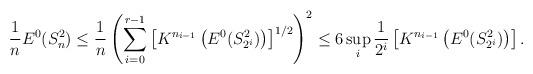
LaTeX: \begin{align*}\frac{1}{n}E^{0}(S_{n}^{2})\leq\frac{1}{n}\left( \sum_{i=0}^{r-1}\left[K^{n_{i-1}}\left( E^{0}(S_{2^{i}}^{2})\right) \right] ^{1/2}\right)^{2}\leq6\sup_{i}\frac{1}{2^{i}}\left[ K^{n_{i-1}}\left( E^{0}(S_{2^{i}}^{2})\right) \right] . \end{align*}